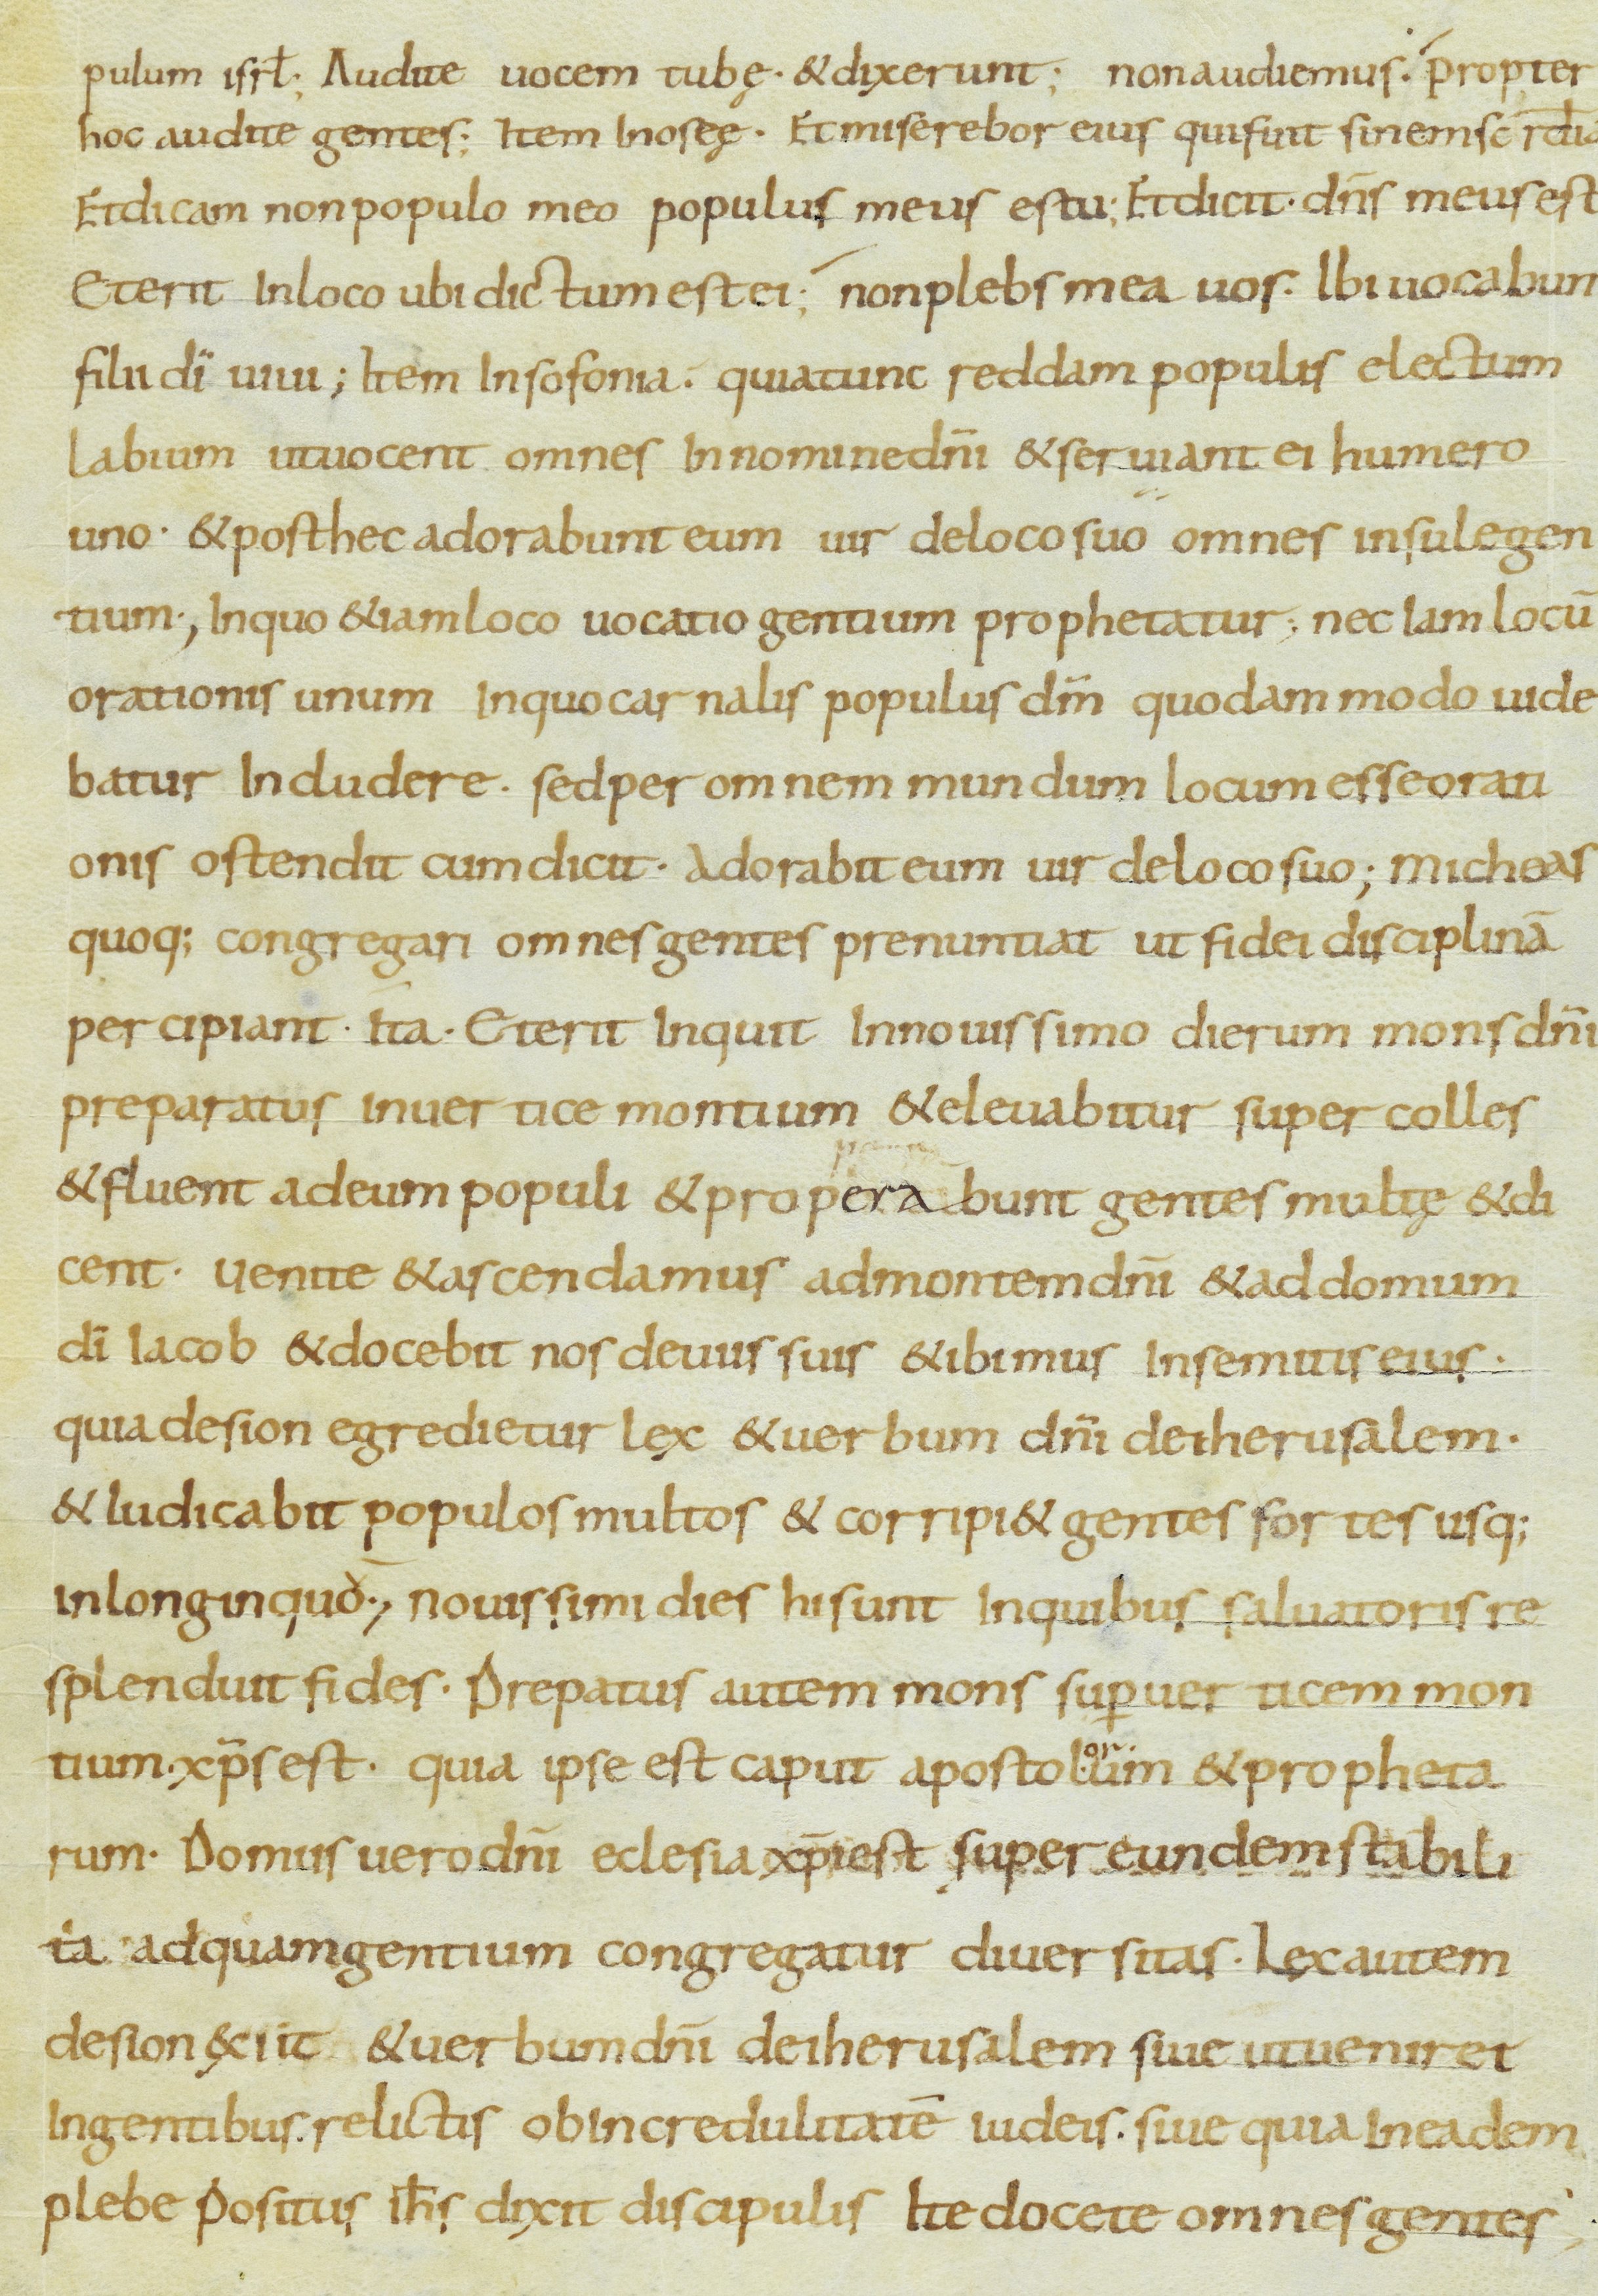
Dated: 800–899